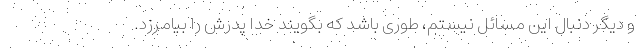
و دیگر دنبال این مسائل نیستم، طوری باشد که بگویند خدا پدرش را بیامرزد.